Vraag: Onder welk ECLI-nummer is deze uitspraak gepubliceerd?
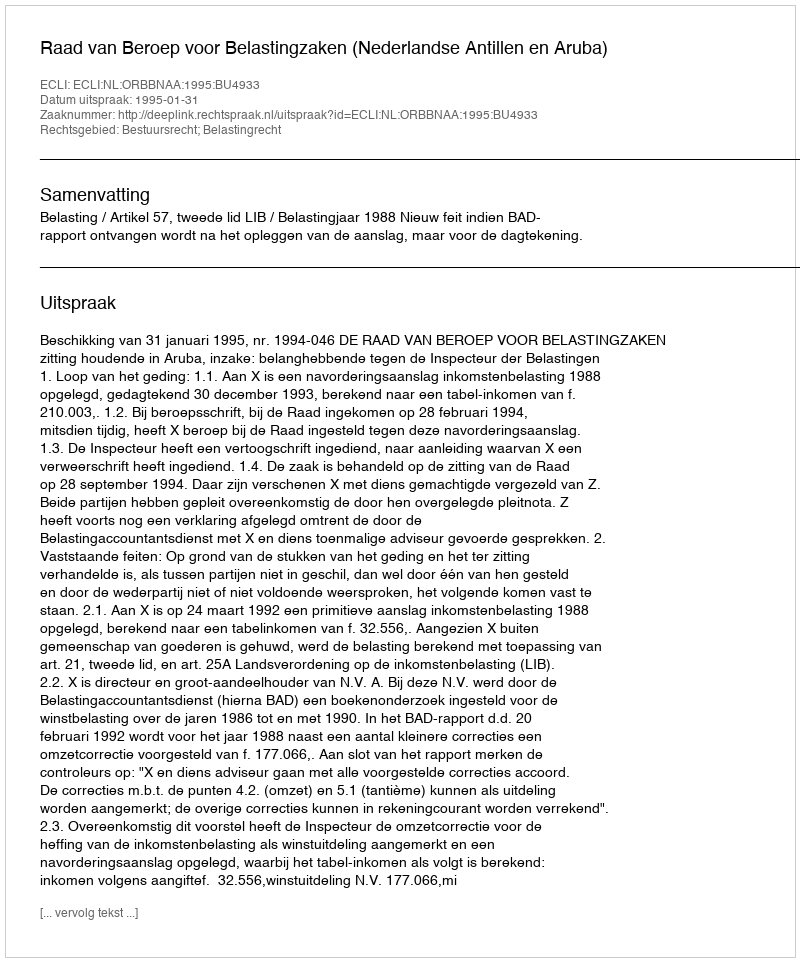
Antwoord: ECLI:NL:ORBBNAA:1995:BU4933